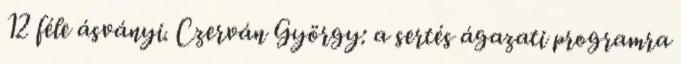
12 féle ásványi. Czerván György: a sertés ágazati programra